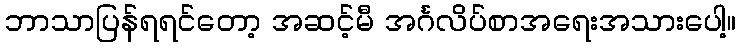
ဘာသာပြန်ရရင်တော့ အဆင့်မီ အင်္ဂလိပ်စာအရေးအသားပေါ့။